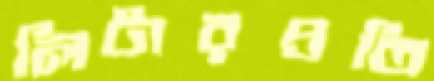
লিটারপ্রতি